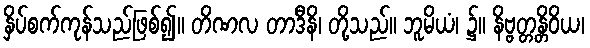
နှိပ်စက်ကုန်သည်ဖြစ်၍။ တိဏလ တာဒီနိ၊ တို့သည်။ ဘူမိယံ၊ ၌။ နိဗ္ဗတ္တန္တိဝိယ၊